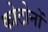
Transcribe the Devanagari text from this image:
कोटोनों